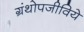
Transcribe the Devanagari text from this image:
ग्रंथोपजीविये